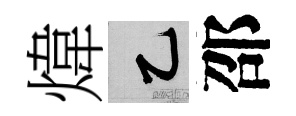
煒乙邵